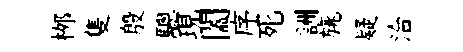
桞隻殷驄現闔序死詶旐疑洽